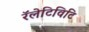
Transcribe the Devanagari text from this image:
रॅलेटिविटि